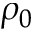
\rho _ { 0 }